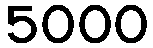
5000